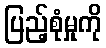
ပြည့်စုံမှုကို